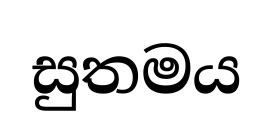
සුතමය